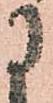
に